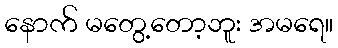
နောက် မတွေ့တော့ဘူး အမရေ။